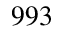
9 9 3